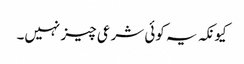
کیونکہ یہ کوئی شرعی چیز نہیں۔